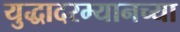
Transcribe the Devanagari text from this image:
युद्धादरम्यानच्या